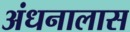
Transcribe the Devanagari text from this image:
अंधनालास